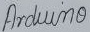
Text: Arduino